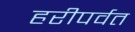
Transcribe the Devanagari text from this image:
हरीपर्वत